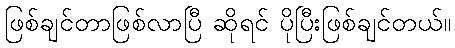
ဖြစ်ချင်တာဖြစ်လာပြီ ဆိုရင် ပိုပြီးဖြစ်ချင်တယ်။